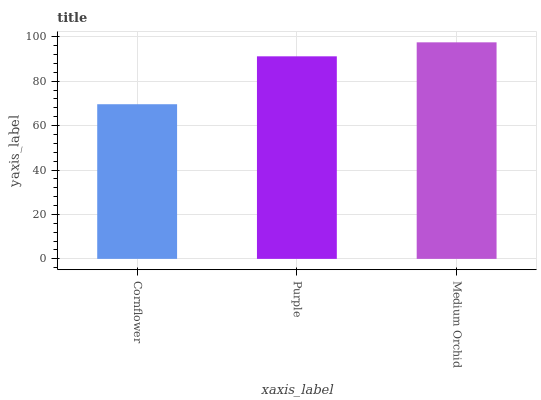
| xaxis_label | bars |
 | --- | --- |
 | Cornflower | 69.6 |
 | Purple | 91.2 |
 | Medium Orchid | 97.5 |